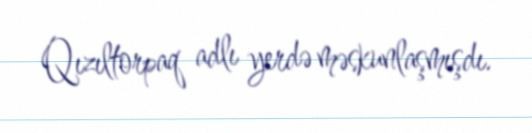
Qızıltorpaq adlı yerdə məskunlaşmışdı.